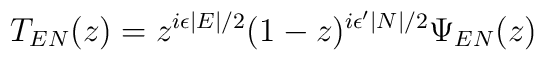
T_{EN}(z)=z^{i\epsilon\mid E\mid/2}(1-z)^{i\epsilon'\mid N\mid/2}\Psi_{EN}(z)